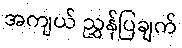
အကျယ် ညွှန်ပြချက်